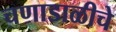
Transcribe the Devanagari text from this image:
चणाडाळीचे